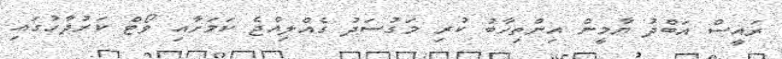
ރައީސް އަބްދު ޔާމީން އިންތިހާބު ކުރި މަގުސަދު ގެއްލިއްޖެ ކަމަށާއި ވޯޓް ކަރުދާހުގައި